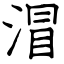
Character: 㴘